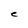
Character: C